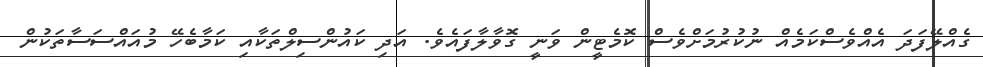
ގެއްލޭފަދަ އެއްވެސްކަމެއް ނުކުރުމަށްވެސް ކޮމެޓީން ވަނީ ގޮވާލާފައެވެ. އަދި ކައުންސިލްތަކާއި ކަމާބެހޭ މުއައްސަސާތަކުން